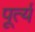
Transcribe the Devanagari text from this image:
पूर्त्य